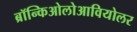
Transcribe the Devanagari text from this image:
ब्रॉन्किओलोआवियोलर